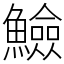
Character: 䲓